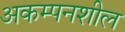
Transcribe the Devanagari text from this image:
अकम्पनशील